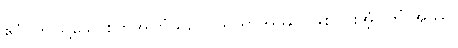
ဧဝံ၊ ဤသို့သောစိတ်အကြံသည်။ သိယာအဿ၊ ဖြစ်ငြားအံ့။ ကိံ အဿ၊